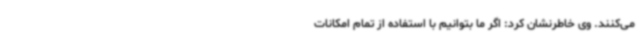
می‌کنند. وی خاطرنشان کرد: اگر ما بتوانیم با استفاده از تمام امکانات